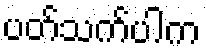
ပတ်သက်ပါက